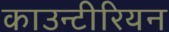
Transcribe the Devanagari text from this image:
काउन्टीरियन